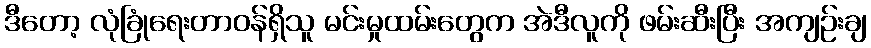
ဒီတော့ လုံခြုံရေးတာဝန်ရှိသူ မင်းမှုထမ်းတွေက အဲဒီလူကို ဖမ်းဆီးပြီး အကျဉ်းချ